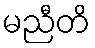
မညီတိ